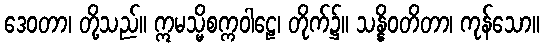
ဒေဝတာ၊ တို့သည်။ ဣမသ္မိစက္ကဝါဠေ၊ တိုက်၌။ သန္နိဝတိတာ၊ ကုန်သော။